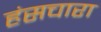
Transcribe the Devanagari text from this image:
हंसचारा